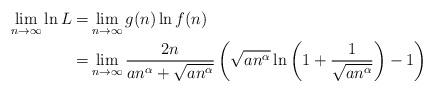
LaTeX: \begin{align*}\lim_{n \rightarrow \infty} \ln L =& \lim_{n \rightarrow \infty} g(n) \ln f(n) \\=& \lim_{n \rightarrow \infty} \frac{2n}{an^{\alpha}+ \sqrt{an^{\alpha}}}\left( \sqrt{an^{\alpha}} \ln\left(1+ \frac{1}{\sqrt{an^{\alpha}}}\right) - 1 \right)\\\end{align*}